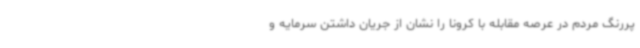
پررنگ مردم در عرصه مقابله با کرونا را نشان از جریان داشتن سرمایه و